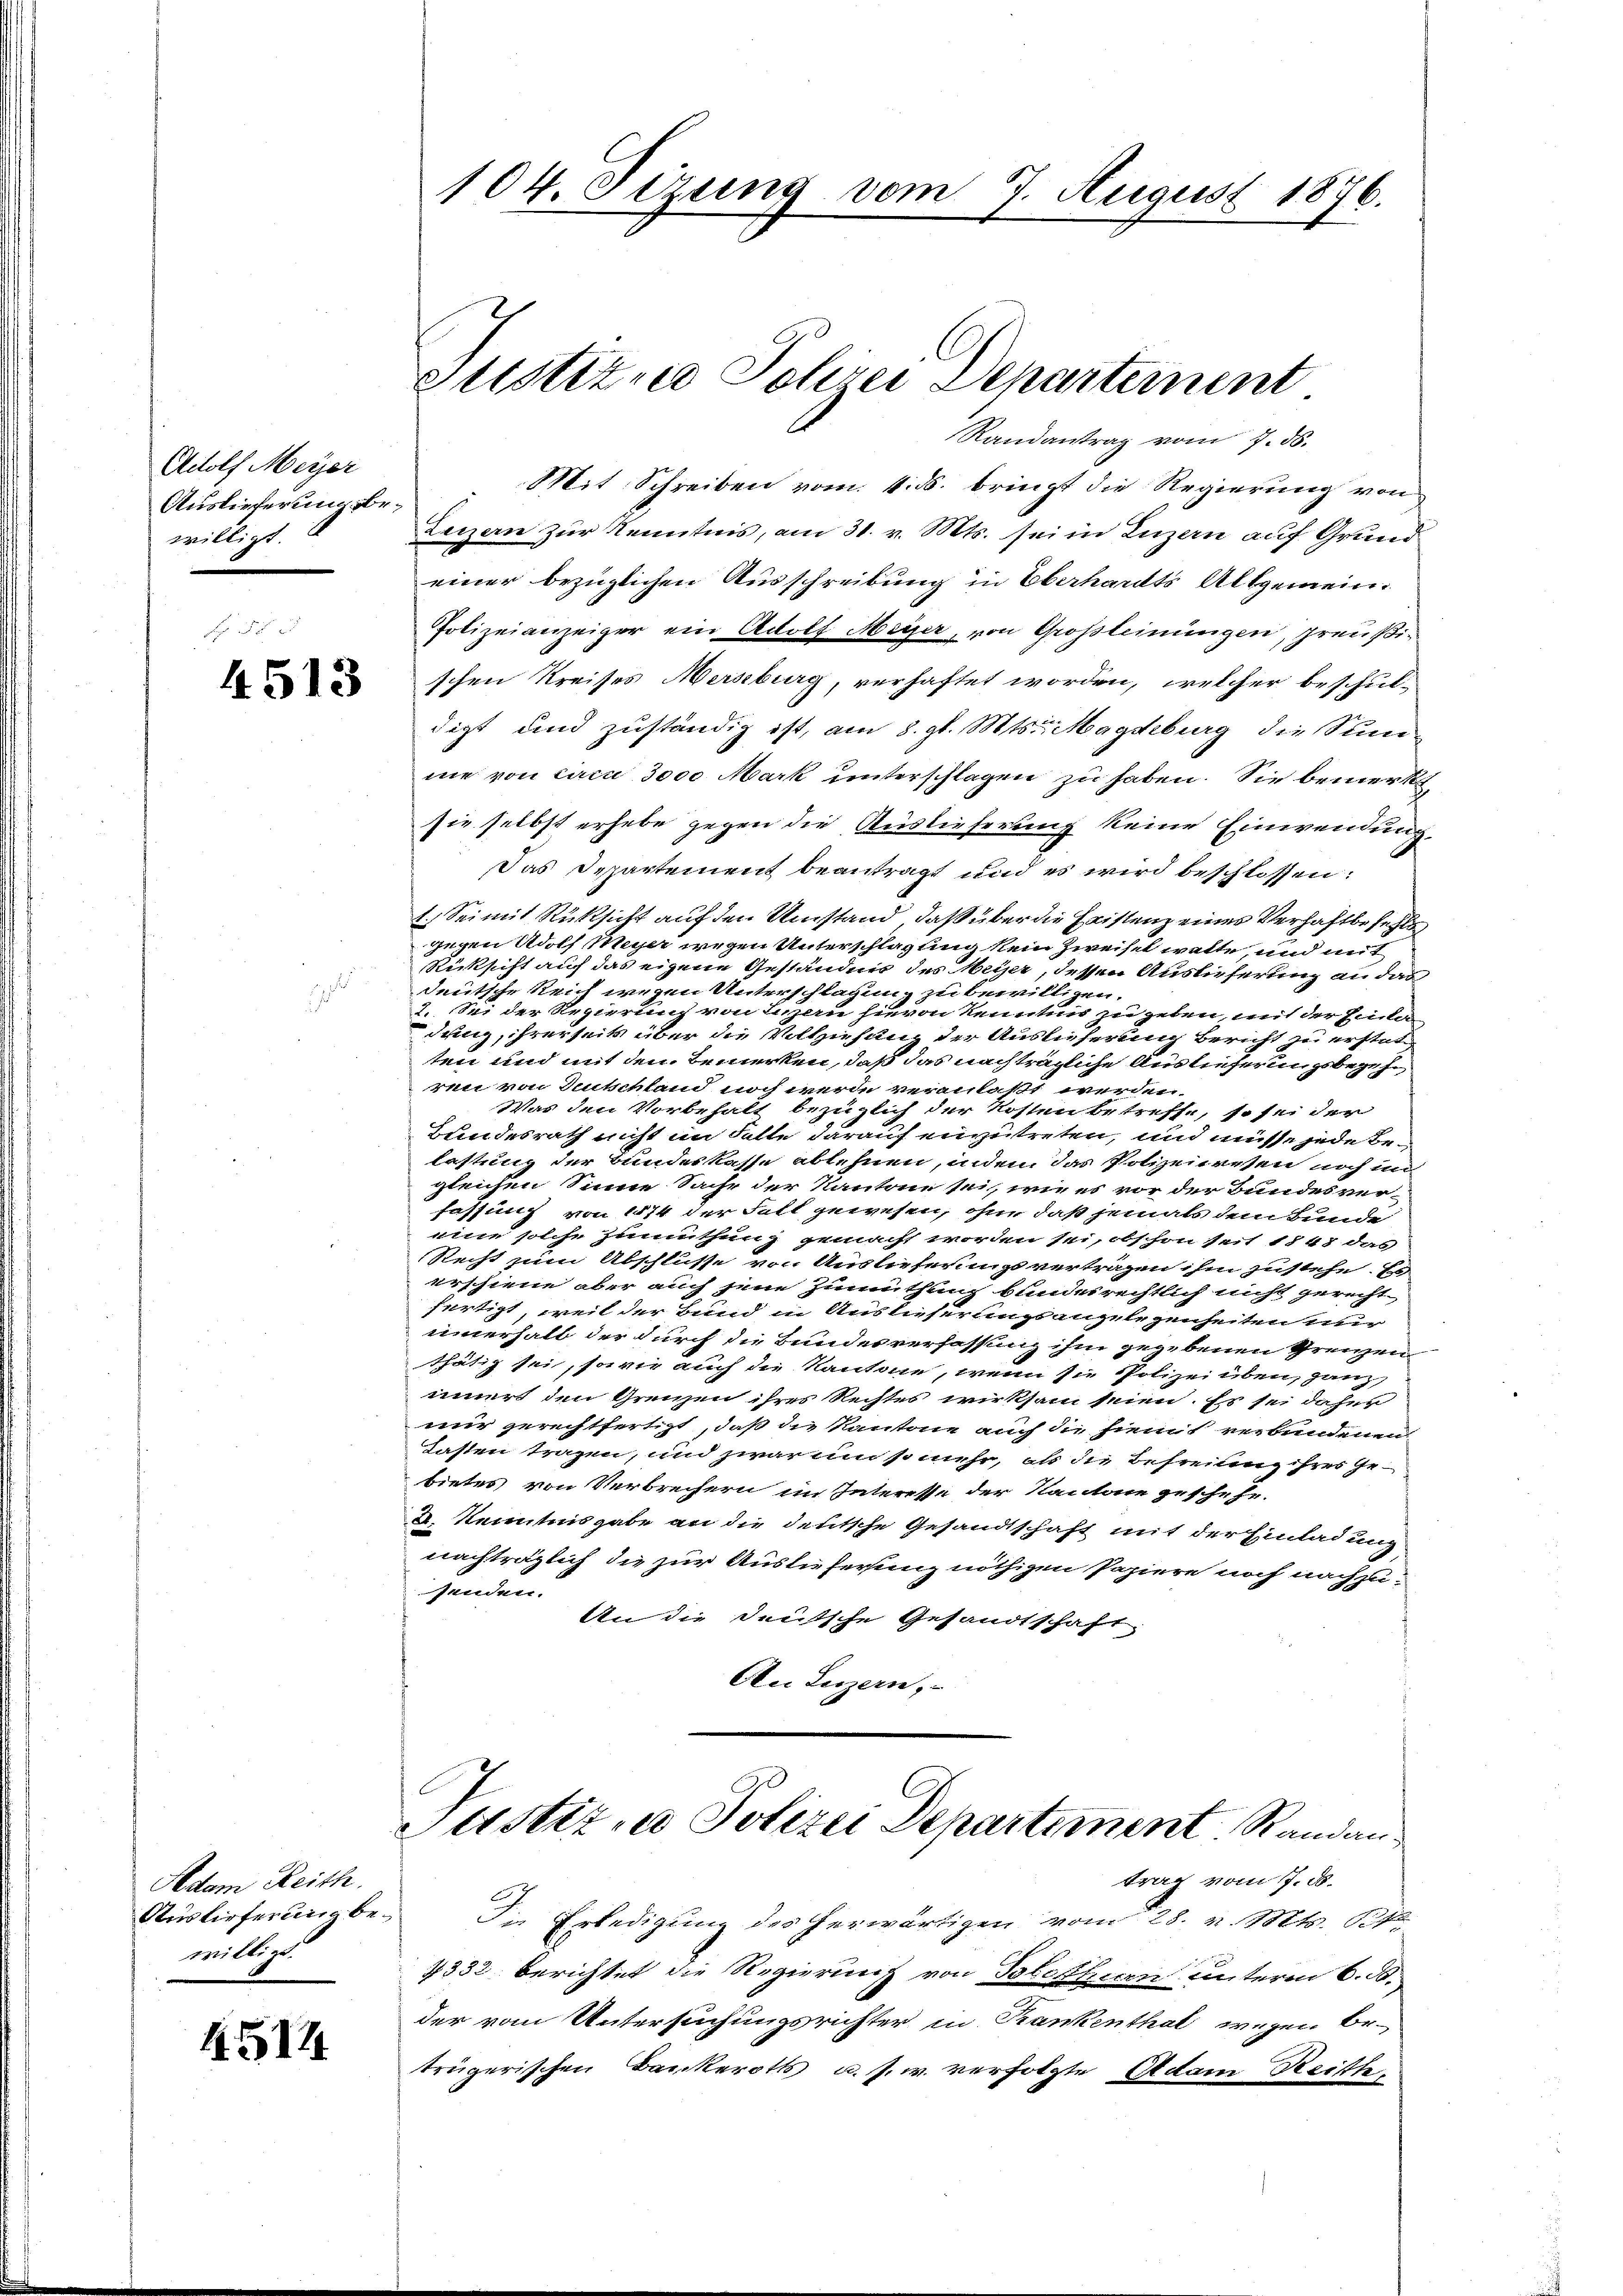
Rudolf Meyer
Auslieferung bewilligt.

4513

Adam Reith
Auslieferung bewilligt.

4514

104. Sezung vom 7. August 1876.

Sitstitue Schrei Departement
Randantrag vom 7. 56.

Mit Schreiben vom 4. ß. bringt die Regierung von
Luzern zur Kenntnis, am 31. v. Mts. sei in Luzern auf Grund
einer bezüglichen Ausschreibung in Oberhardts Altgemein¬
Polizeianzeiger ein Adolf Meyer, von Großleinungen, preußischen Kreises Mersburg, verhaftet worden, welcher beschuldigt und zuständig ist, am 8. gl. Mts. Magdeburg die Sumnie von Luca 3000 Mark unterschlagen zu haben. Sie bemerksie selbst erhebe gegen die Auslieferung keine Einwendung
Das Departement beantragt und es wird beschlossen:
1.) Sei mit Rüksicht auf den Umstand, daß über die Fristenz eines Verhaftbefehle
gegen Adolf Meyer wegen Unterschlagung kein Zweifel walte, und mit
Rücksicht auch das eigene Geständnis des Meiser, dessen Auslieferung an das
deutsche Reich wegen Unterschlagung zu bewilligen.
2. Sei der Regierung von Luzern hievon Kenntin zu geten, mit der Einter
dung, ihrerseits über die Vollziehung der Auslieferung Bericht zu erstatten und mit den Bemerken, daß das nachträgliche Auslieferungsbegehren von Teutschland noch werde veranlaßt werden.
Was den Vorbehalt bezüglich der Kosten betreffe, so sei der
Bundesrath nicht im Falle darauf einzutreten, und müsse jede Belastung der Bundeskasse ablehnen, inden das Polizeiwesen noch im
gleichen Sinne Sache der Kantone sei, wie es vor der Bundesver-
fassung von 1874 der Fall gewesen, ohne daß jemals dem Bunde
eine solche Einmuthung gemacht worden sei, obschon seit 1848 das
Recht zum Abschlusse von Auslieferungsvertragen ihm zustehe. Es
erschiene aber auch jene Zumuthung bundesrechtlich nicht gerechte
fertigt, weil der Bund in Auslieferungsangelegenheiten nur
innerhalb der durch die Bundesverfassung ihm gegebenen Grenzen
thätig sei, sowie auch die Kantone, wenn sie Polizei üben, ganz
innert den Grenzen ihres Rechtes wirksam seien. Es sei daher
nur gerechtfertigt, daß die Kantone auch die hiemit verbundenen
Tasten tragen, und zwar um so mehr, als die Befreiung ihres Gebietes von Verbrechern im Interesse der Kantone geschehe.
d. Kenntnisgabe an die deutsche Gesandtschaft mit der Einladung
nachträglich die zur Auslieferung nöthigen Papiere noch nachzu-
senden.
An die deutsche Gesandtschaft
An Luzern,
Justiz- u Polizei Departement. Randau.
trag vom 17. d.
In Erledigung des herwärtigen vom 28. v. Mts. 19
4332 berichtet die Regierung von Tobethiern unterm 6. B.
der vom Untersuchungsrichter in Trankenthal wegen Betrügerischen Bankeroths u. s. w. verfolgte Adam Reith